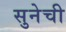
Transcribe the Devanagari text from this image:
सुनेची